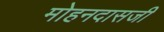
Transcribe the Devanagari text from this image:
मोहनदासजी